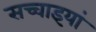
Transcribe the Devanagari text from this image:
सच्चाइयां